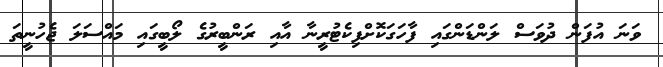
ވަނަ އުފަން ދުވަސް ލަންޑަންގައި ފާހަގަކޮށްފިކެޓުރީނާ އާއި ރަންބީރުގެ ލޯބީގައި މައްސަލަ ޖެހުނީތަ